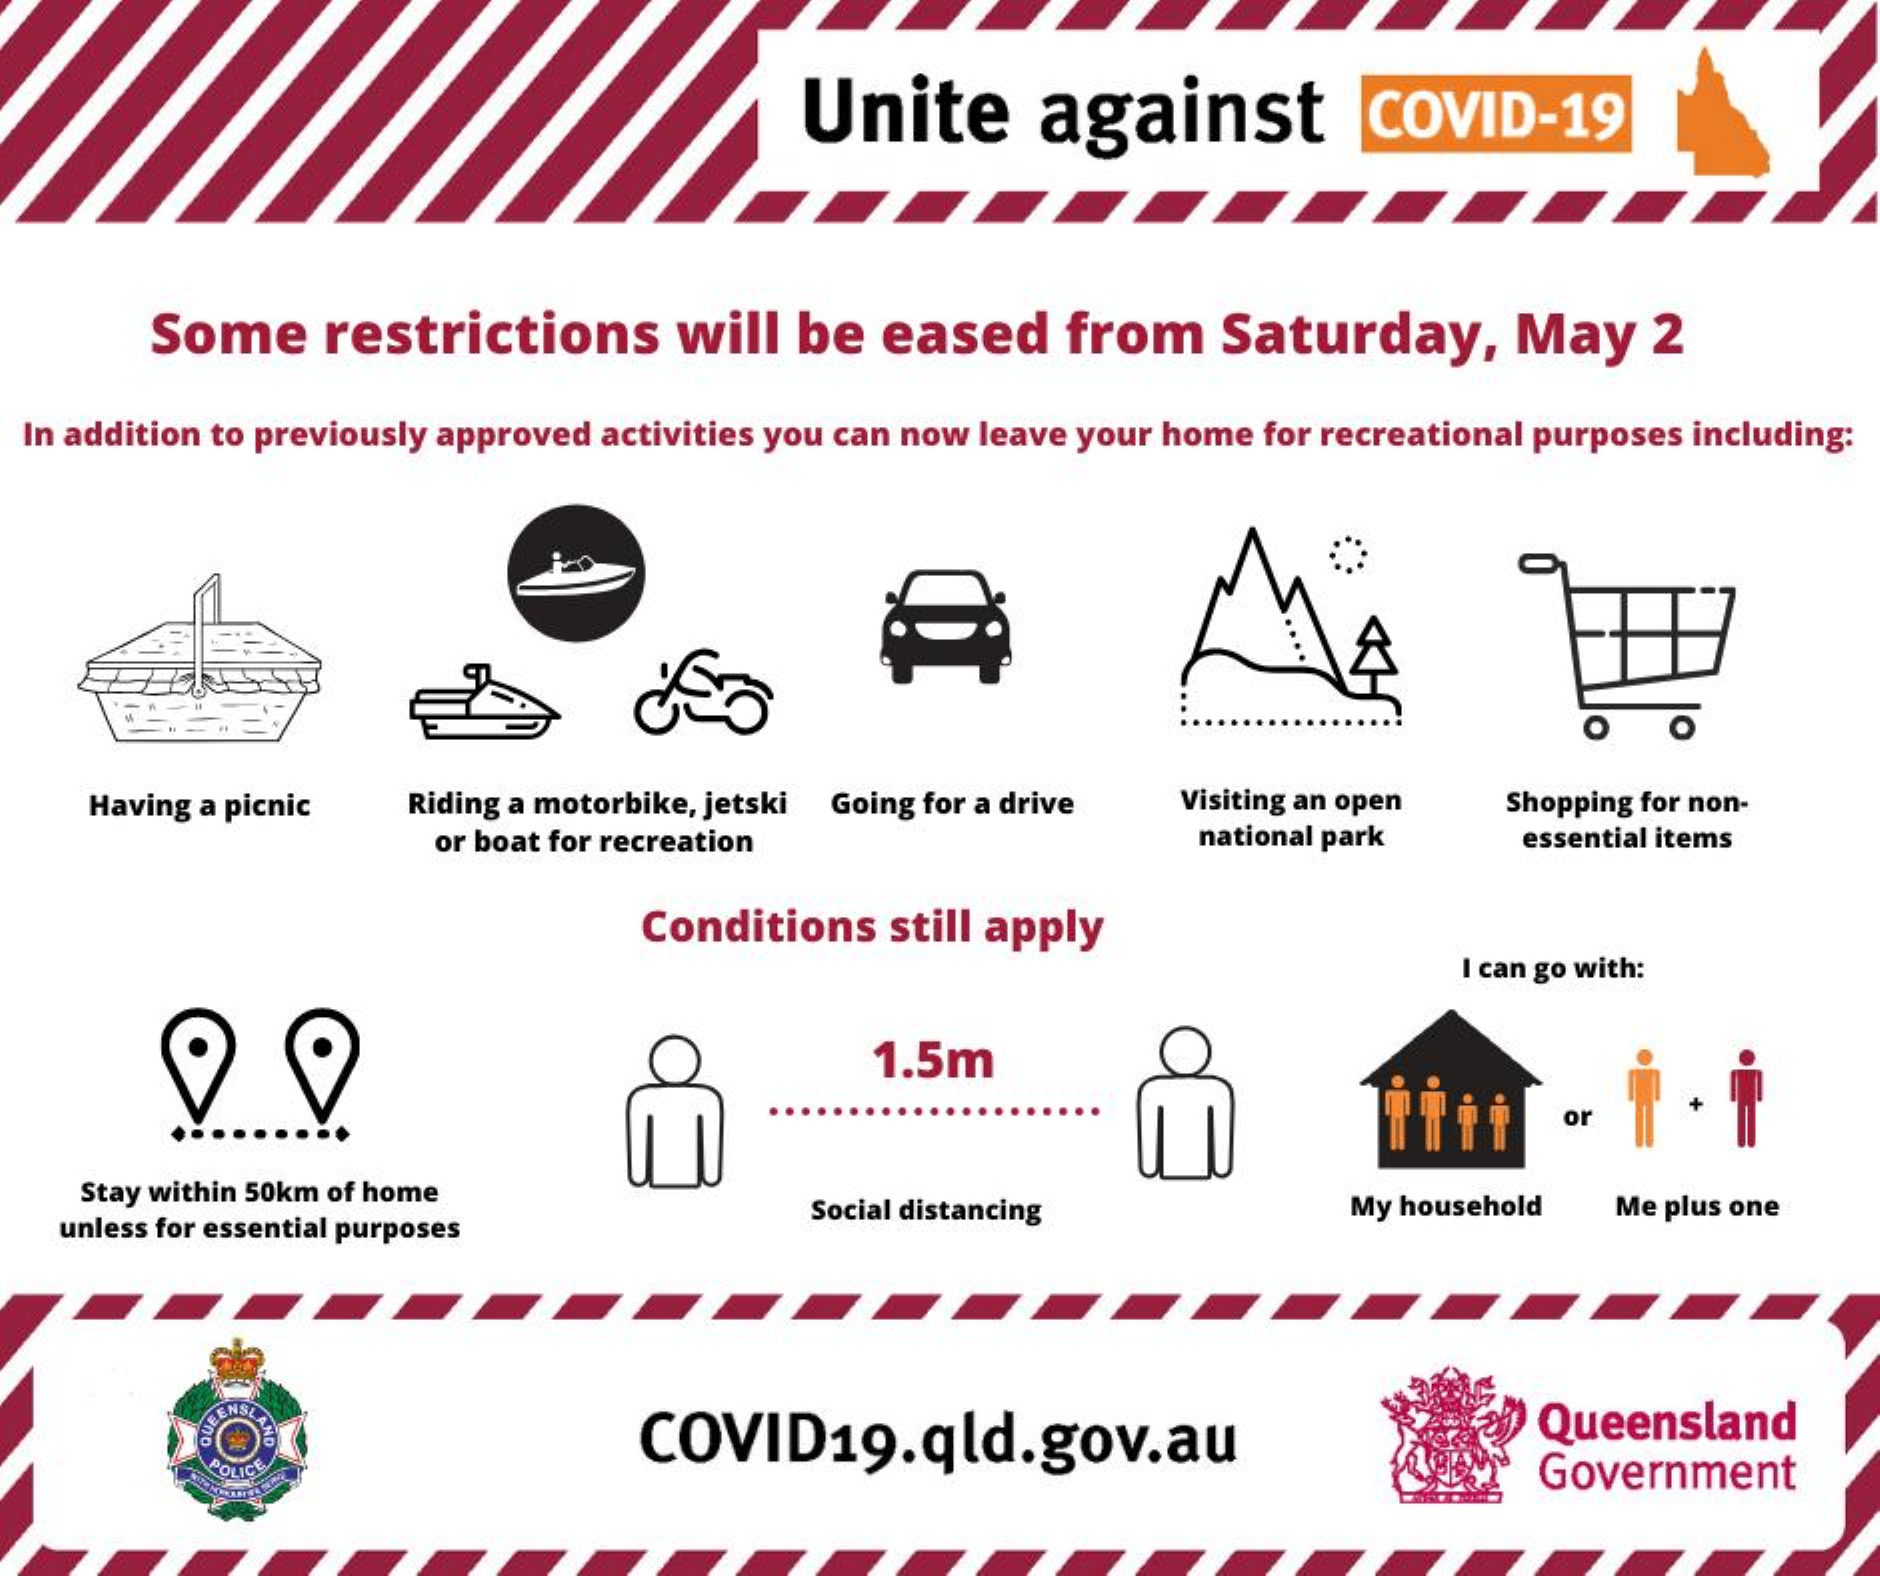
Unite    against    COVID-19
     Some    restrictions    will  be   eased    from    Saturday,    May    2
  In addition to previously approved activities you can now leave your home for recreational purposes including:
     O
     Having a picnic Riding a motorbike, jetski Going for a drive Visiting an open Shopping for non-
     or boat for recreation    national park    essential items
     Conditions  still apply
     I can go with:
     1.5m
     İİtil    or
     Stay within 50km of home
   unless for essential purposes
     Social distancing    My household  Me plus one
     COVID19.qld.gov.au    Queensland
     Government